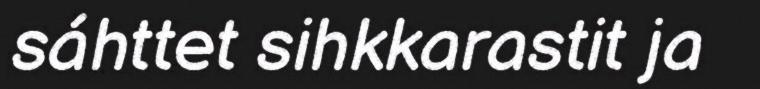
sáhttet sihkkarastit ja